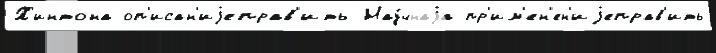
Х'интона оп'исан'иjеправ'ить Нау́чнаjа пр'им'ен'ен'иjеправ'ить